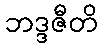
ဘဒ္ဒဇီတိ